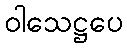
ဝါသေဋ္ဌပေ